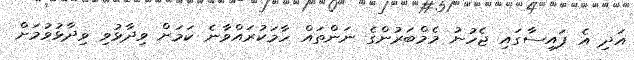
އަދި އެ ފައިސާގައި ޖެހުނު މެމްބަރުންގެ ނަންތައް ހާމަކުރައްވާނެ ކަމަށް ވިދާޅުވި ވިދާޅުވުމަށް